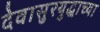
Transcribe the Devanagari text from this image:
देवासुरयुद्धाच्या